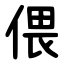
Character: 偎